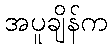
အပူချိန်က